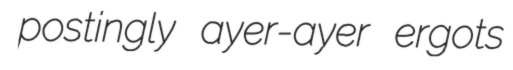
postingly ayer-ayer ergots